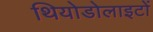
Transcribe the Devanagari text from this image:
थियोडोलाइटों